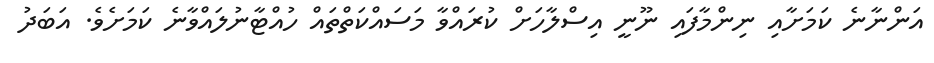
އަންނާނެ ކަމަށާއި ނިންމާފައި ނޫނީ އިސްލާހަށް ކުރައްވާ މަސައްކަތްތައް ހުއްޓާނުލައްވާނެ ކަމަށެވެ. އަބަދު